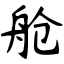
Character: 舱